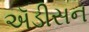
ઍડીસન